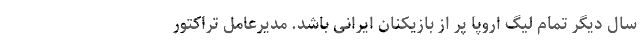
سال دیگر تمام لیگ اروپا پُر از بازیکنان ایرانی باشد. مدیرعامل تراکتور